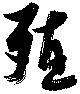
殖